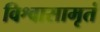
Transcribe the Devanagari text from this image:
विश्वासामृतं